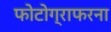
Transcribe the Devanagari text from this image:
फोटोग्राफरना